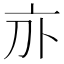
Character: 𠅄